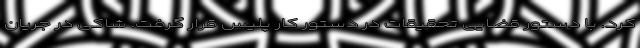
کرد. با دستور قضایی تحقیقات در دستور کار پلیس قرار گرفت. شاکی در جریان